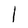
Character: l